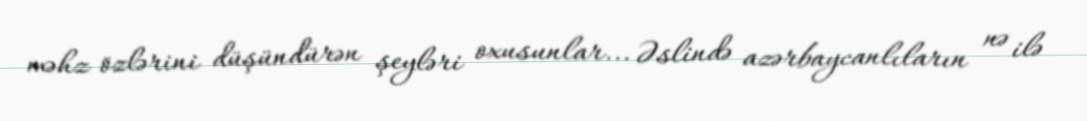
məhz özlərini düşündürən şeyləri oxusunlar... Əslində azərbaycanlıların nə ilə